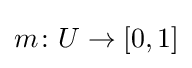
m\colon U\rightarrow [0,1]